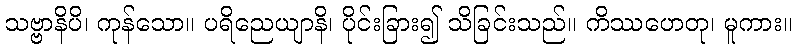
သဗ္ဗာနိပိ၊ ကုန်သော။ ပရိညေယျာနိ၊ ပိုင်းခြား၍ သိခြင်းသည်။ ကိဿဟေတု၊ မူကား။